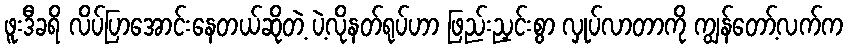
ဖူးဒီခရိ လိပ်ပြာအောင်းနေတယ်ဆိုတဲ့ ပဲ့လိုနတ်ရုပ်ဟာ ဖြည်းညှင်းစွာ လှုပ်လာတာကို ကျွန်တော့်လက်က